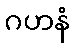
ဂဟနံ